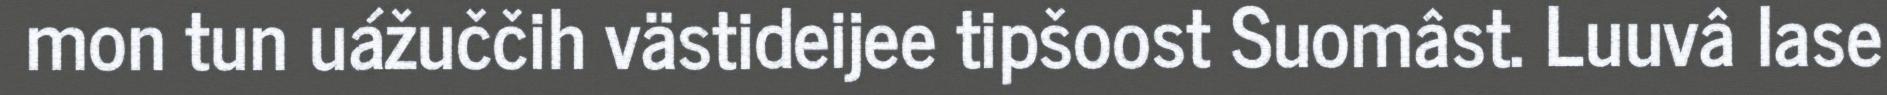
mon tun uážuččih västideijee tipšoost Suomâst. Luuvâ lase